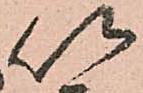
以